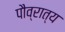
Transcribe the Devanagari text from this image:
पौव्रात्य